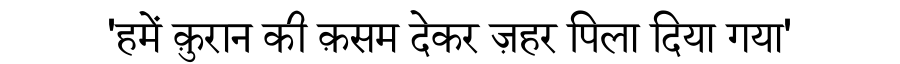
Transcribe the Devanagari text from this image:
'हमें क़ुरान की क़सम देकर ज़हर पिला दिया गया'